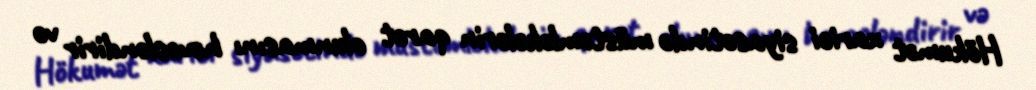
Hökumət xarici siyasətində müstəmləkələrin qarət olunmasını həvəsləndirir və